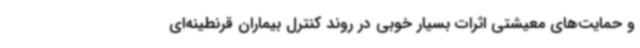
و حمایت‌های معیشتی اثرات بسیار خوبی در روند کنترل بیماران قرنطینه‌ای